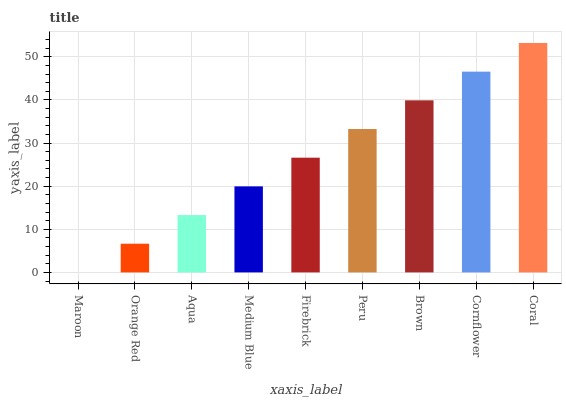
| xaxis_label | bars |
 | --- | --- |
 | Maroon | 0 |
 | Orange Red | 6.65 |
 | Aqua | 13.3 |
 | Medium Blue | 20 |
 | Firebrick | 26.6 |
 | Peru | 33.3 |
 | Brown | 39.9 |
 | Cornflower | 46.6 |
 | Coral | 53.2 |